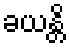
ခယန္တိ